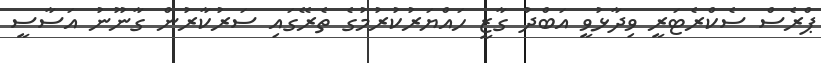
ޕްރެސް ސެކްރެޓަރީ ވިދާޅުވީ އަބްދު ގާޒީ ހައްޔަރުކުރުމުގެ ތެރޭގައި ސަރުކާރުން ގާނޫނު އަސާސީ